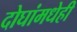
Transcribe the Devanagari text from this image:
दोघांमधेही